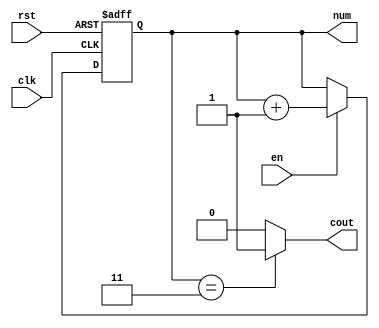
module count4(clk, rst, en, cout, num);

	input clk, rst, en; 
	output cout;
	output reg [1:0] num;

	always @(posedge clk or posedge rst) begin
		if (rst)
			num <= 2'b00;
		else if (en)
			num <= num + 1;
	end

	assign cout = (num == 2'b11) ? 1'b1 : 1'b0;

endmodule